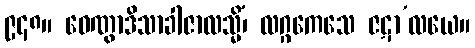
၉၄၈။ ဝေဏွာဒိသာခါဇာလသ္မိံ၊ လဂ္ဂကေသေ ဇဋာ’လယေ။